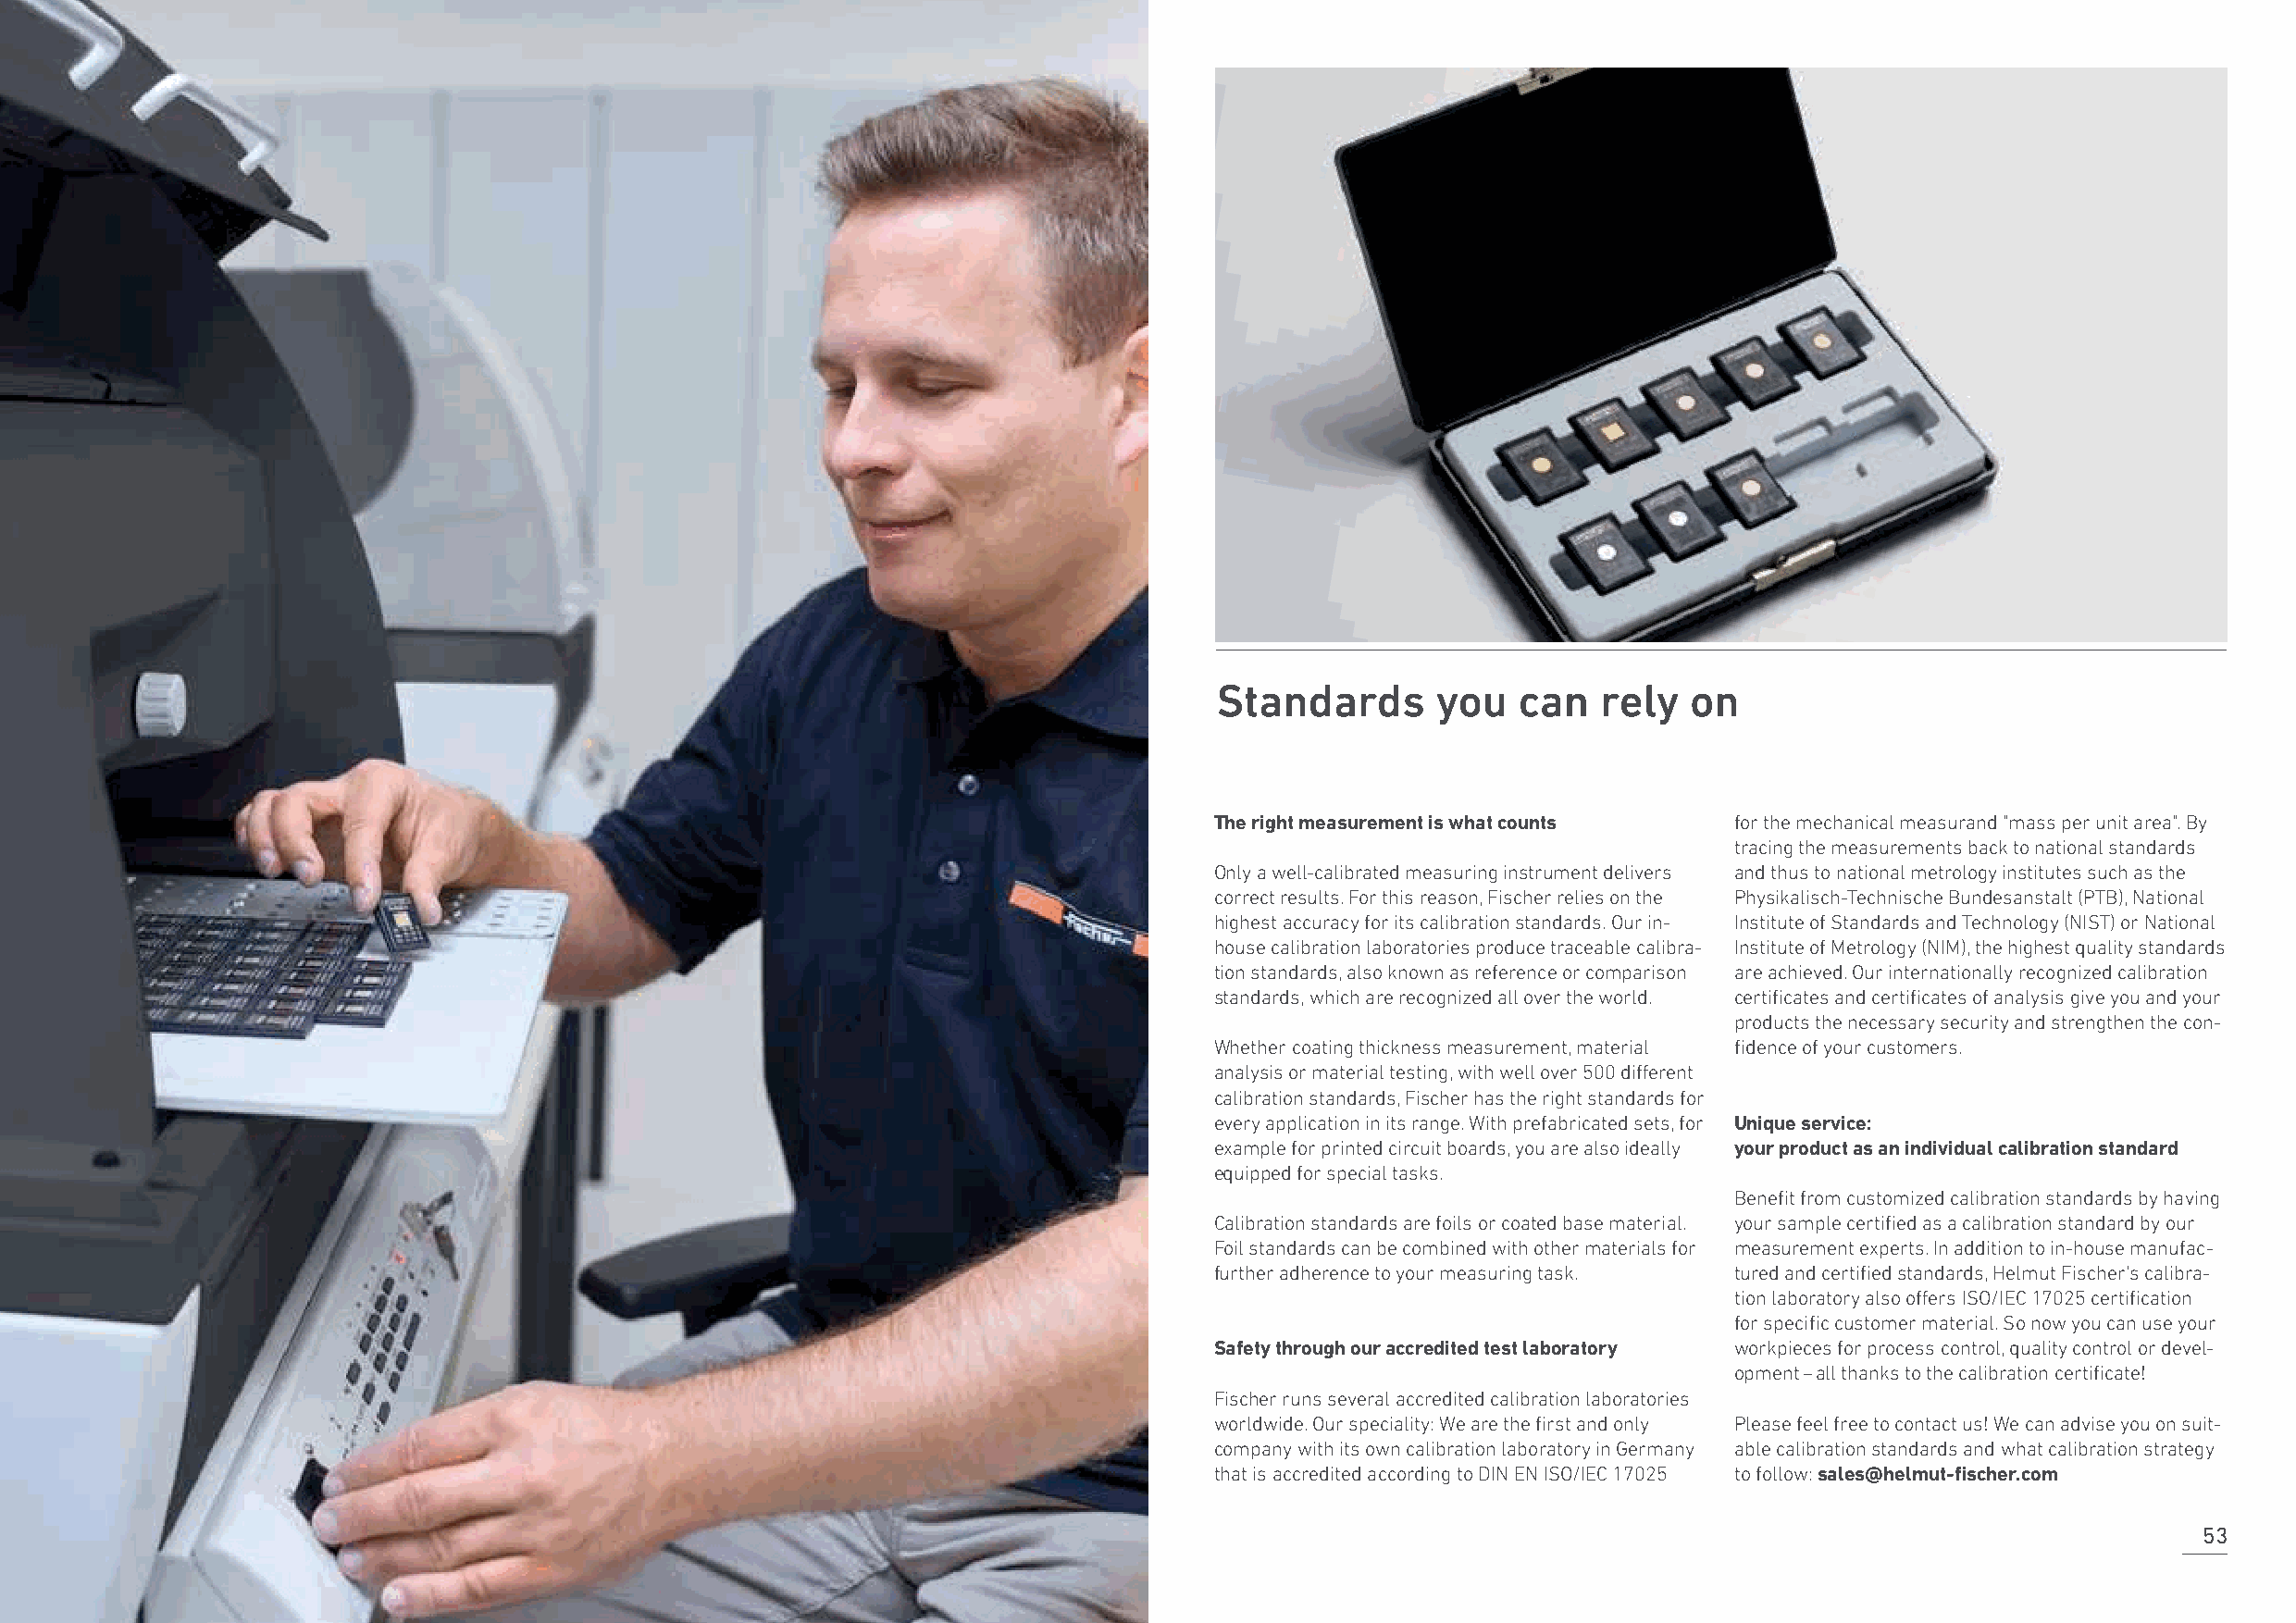
Standards       you   can  rely   on
 The right measurement is what counts for the mechanical measurand "mass per unit area". By
 tracing the measurements back to national standards
 Only a well-calibrated measuring instrument delivers and thus to national metrology institutes such as the
 correct results. For this reason, Fischer relies on the Physikalisch-Technische Bundesanstalt (PTB), National
 highest accuracy for its calibration standards. Our in- Institute of Standards and Technology (NIST) or National
 house calibration laboratories produce traceable calibra- Institute of Metrology (NIM), the highest quality standards
 tion standards, also known as reference or comparison are achieved. Our internationally recognized calibration
 standards, which are recognized all over the world. certificates and certificates of analysis give you and your
 products the necessary security and strengthen the con-
 Whether coating thickness measurement, material fidence of your customers.
 analysis or material testing, with well over 500 different
 calibration standards, Fischer has the right standards for
 every application in its range. With prefabricated sets, for Unique service:
 example for printed circuit boards, you are also ideally your product as an individual calibration standard
 equipped for special tasks.
 Benefit from customized calibration standards by having
 Calibration standards are foils or coated base material. your sample certified as a calibration standard by our
 Foil standards can be combined with other materials for measurement experts. In addition to in-house manufac-
 further adherence to your measuring task. tured and certified standards, Helmut Fischer's calibra-
 tion laboratory also offers ISO/IEC 17025 certification
 for specific customer material. So now you can use your
 Safety through our accredited test laboratory workpieces for process control, quality control or devel-
 opment – all thanks to the calibration certificate!
 Fischer runs several accredited calibration laboratories
 worldwide. Our speciality: We are the first and only Please feel free to contact us! We can advise you on suit-
 company with its own calibration laboratory in Germany able calibration standards and what calibration strategy
 that is accredited according to DIN EN ISO/IEC 17025 to follow: sales@helmut-fischer.com
 53